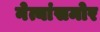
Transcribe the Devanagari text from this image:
नेत्यांसमोर